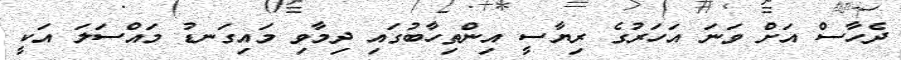
ދެހާސް އަށް ވަނަ އަހަރުގެ ރިޔާސީ އިންތިހާބުގައި ދިމާވި މައިގަނޑު މައްސަލަ އަކީ